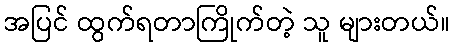
အပြင် ထွက်ရတာကြိုက်တဲ့ သူ များတယ်။